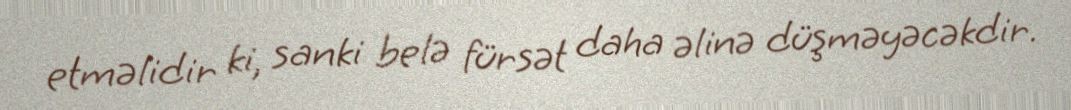
etməlidir ki, sanki belə fürsət daha əlinə düşməyəcəkdir.